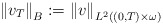
\begin{align*}\left\Vert v_{T}\right\Vert _{B}:=\left\Vert v\right\Vert _{L^{2}(( 0,T) \times\omega) }\end{align*}